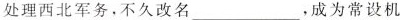
处理西北军务，不久改名___，成为常设机